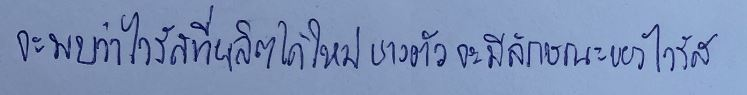
จะพบว่าไวรัสที่ผลิตได้ใหม่บางตัวจะมีลักษณะของไวรัส